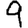
Digit: 9